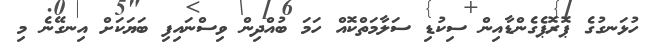
ހުޅަނގުގެ ޕޮރޮޕެގެންޑާއިން ސިކުޑި ސަލާމަތްކޮއް ހަމަ ބުއްދިން ވިސްނައިފި ބަޔަކަށް އިނގޭނެ މި